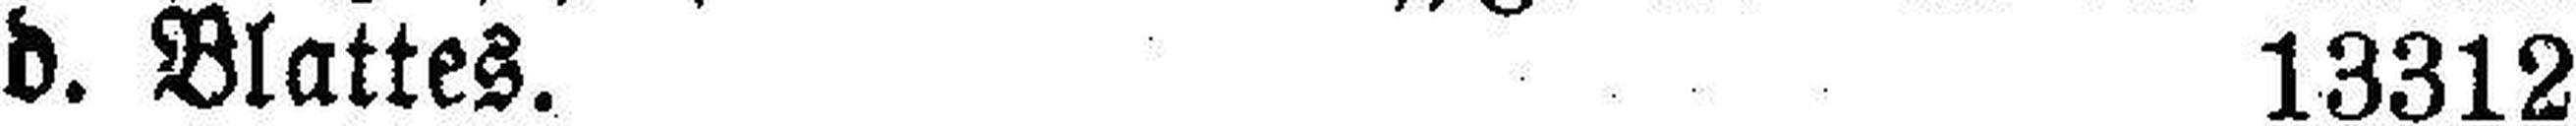
d. Blattes. 13312